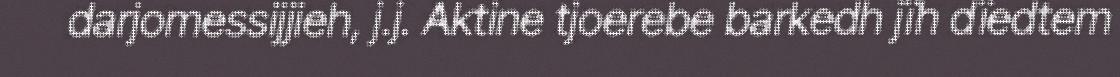
darjomessijjieh, j.j. Aktine tjoerebe barkedh jïh dïedtem